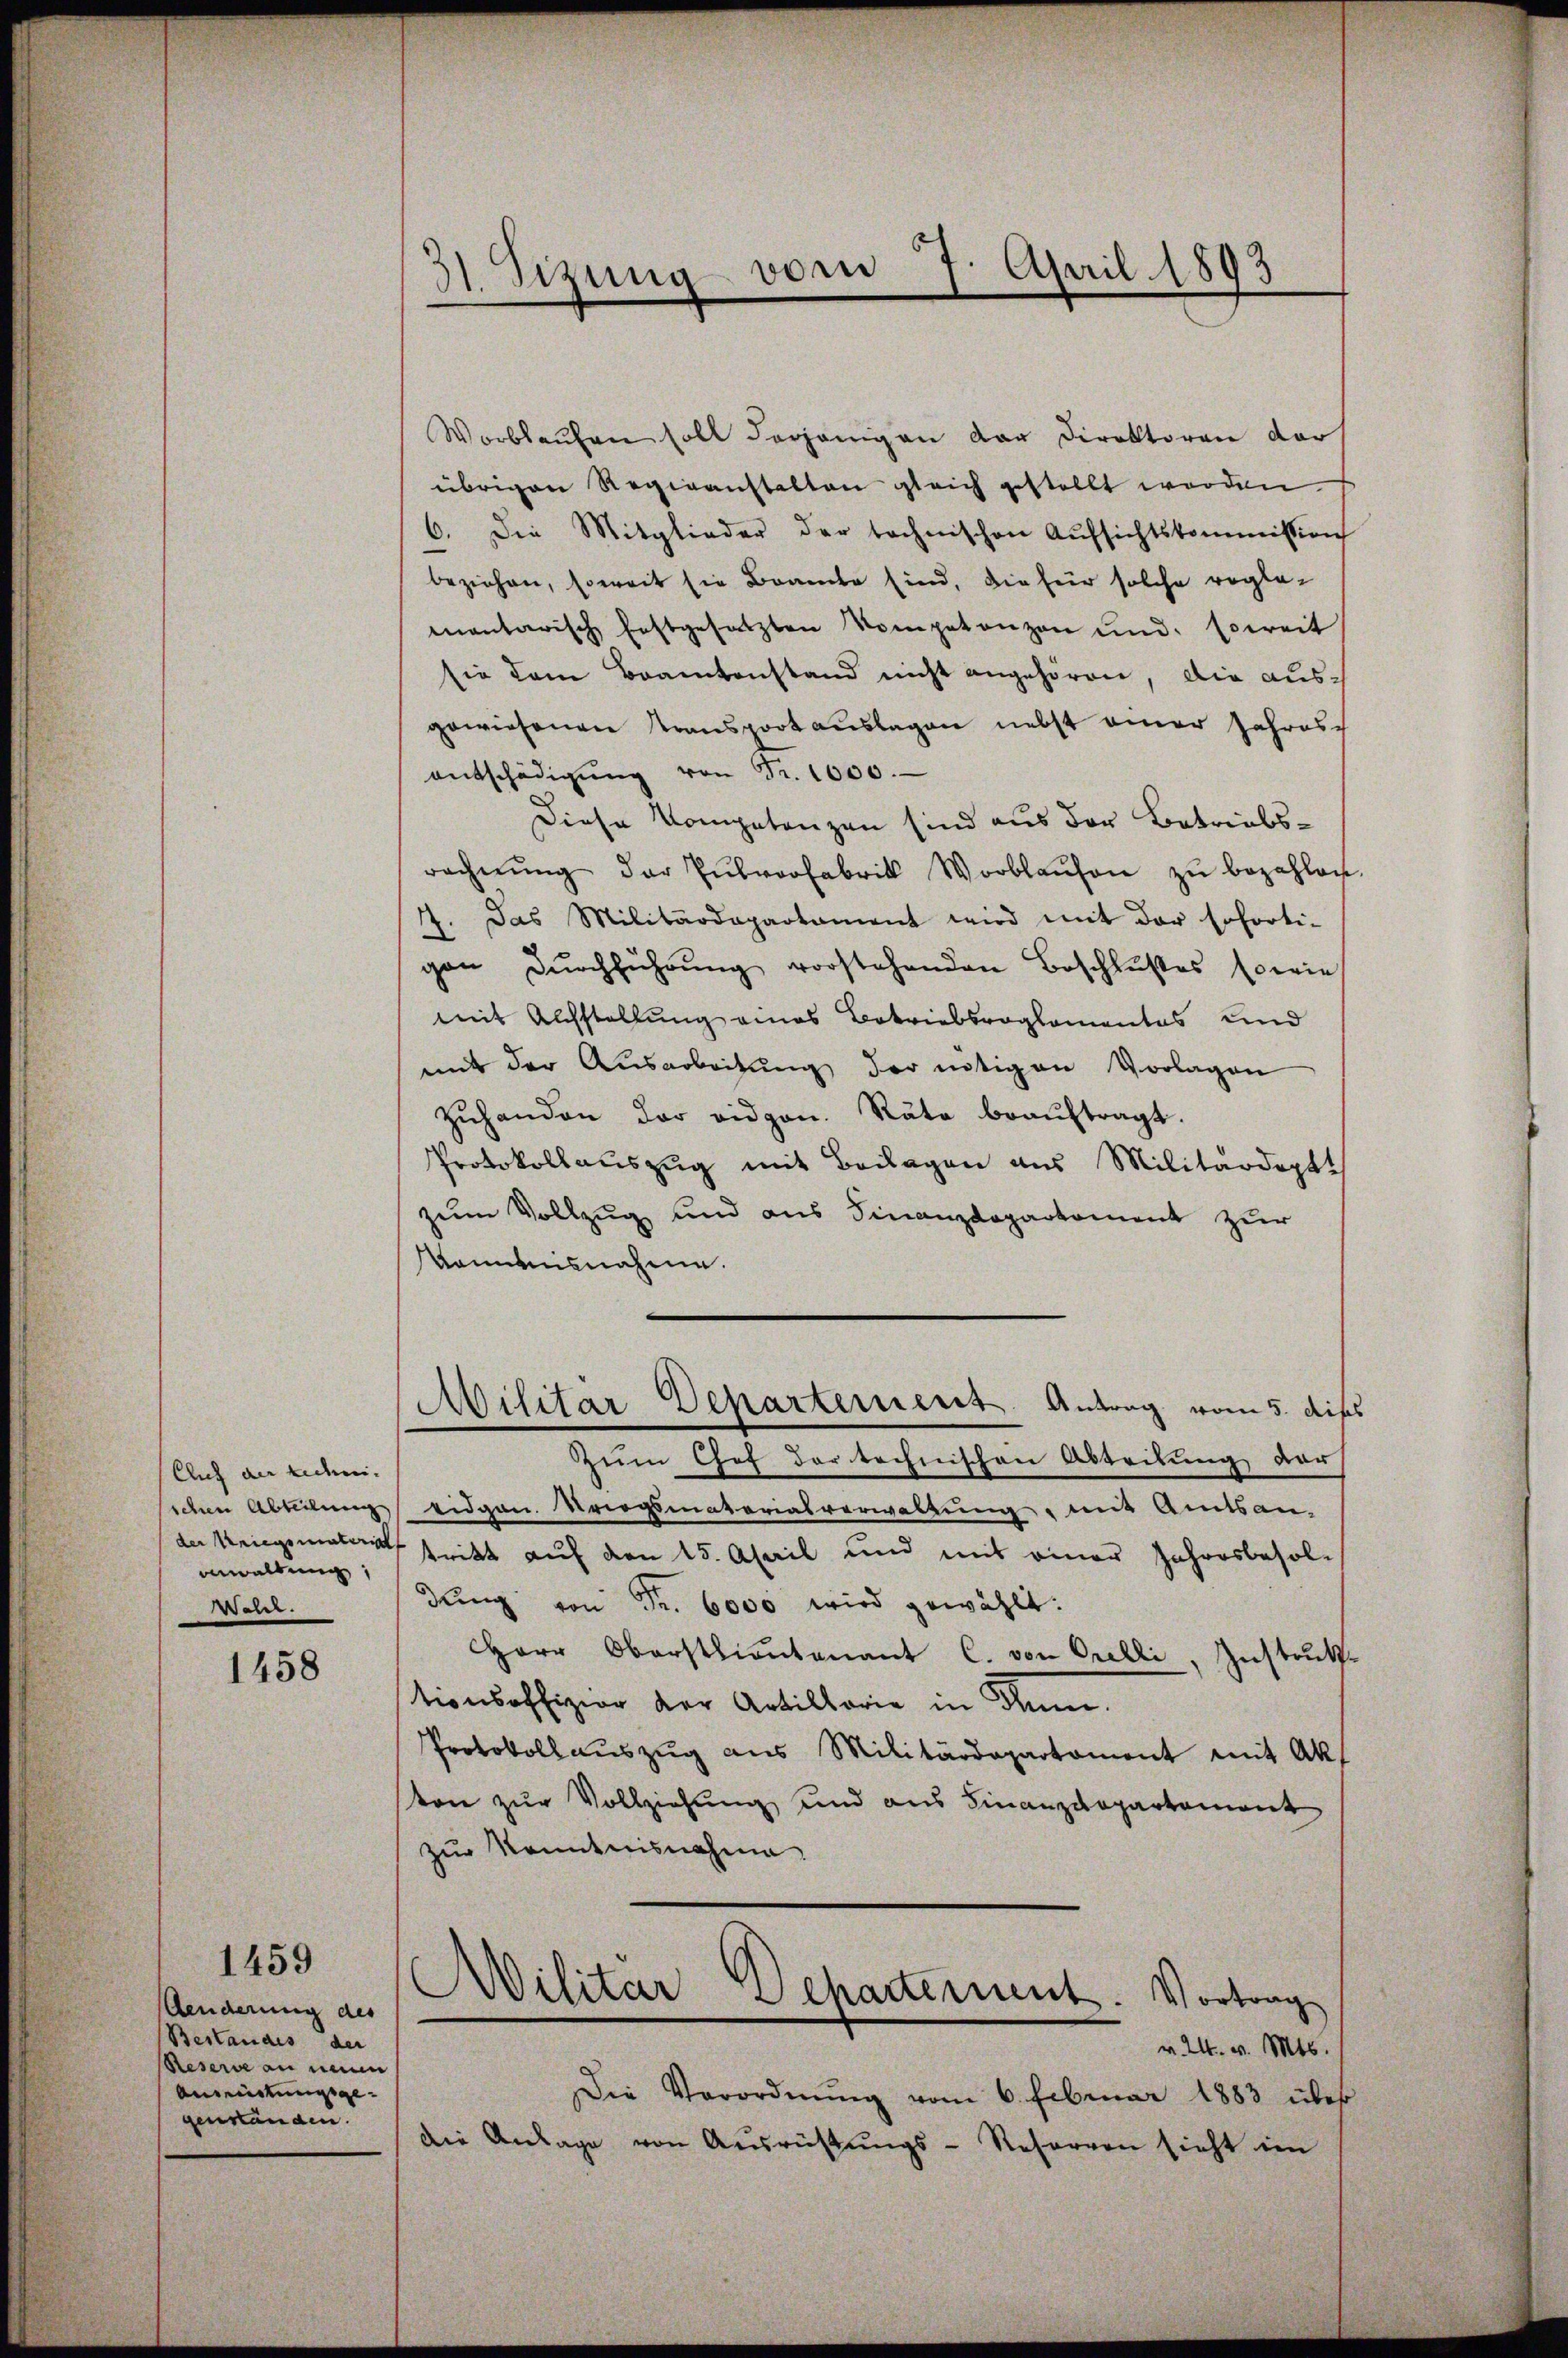
Cluh an Eiden.
anwaltung
Weler.

1458

1459

Aenderung des
Bestandes der
Reserve an neun
Anzeitungsgegenständen.

31. Sizung vom 7. April 1893

Worblaŭfen soll derjenigen der Direktoren der
übrigen Regieanstalten gleich gestellt worden
6. Die Mitglieder der technischen Aufsichtskommission
beziehen, soweit sie Beamte sind, die für solche reglemantarisch festgesetzten Kompetenzen und soweit
sie dem Beamtenstand nicht angehören, die ausgewiesenen Transport auslagen nebst einer Jahres-
entschädigŭng von Fr. 1000.
Diese Kompetenzen sind aus der Betriebsrechnŭng der Entvorfabrik Worblaŭfen zŭ bezahlen.
7. Das Militärdepartament wird mit der soforti-
gan Dŭrchführŭng vorstehenden Beschlußes sowie
mit Alchstellung eines Betriebsroglomentas und
mit der Ausarbeitŭng der nötigen Vorlagen
zŭhanden der eidgen. Rate beaŭftragt.
Protokollauszug mit Beilagen aus Militärdeptt
zum Vollzug und aus Finanzdepartement zur
kanntnisnahme.
Militär Departement. Antrag vom 5. dis
Zum Chef der technischen Abteilung der
schen Abteilung eidgan. Kriegsmatorialverwaltung, mit Amtsan
de Kriegsmater tritt auf den 15. April und mit einer Jahresbesol-
dung von Fr. 6000 wird gewählt:
Herr Oberstlieutenant C. von Gulli, Instruktionsoffizion der Artillarie in Thun.
Protokoll aŭszŭg aŭs Militärdepartament mit Akt
ton zur Vollziehung und aus Finanzdepartement
zur Kenntnisnahme
Militär Departement. Vortrag
v. 24. v. Mts.
Die Verordnŭng vom 6. Februar 1883 über
Die Anlage von Ausrüstŭngs-Reserven sieht im